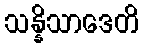
သန္နိသာဒေတိ